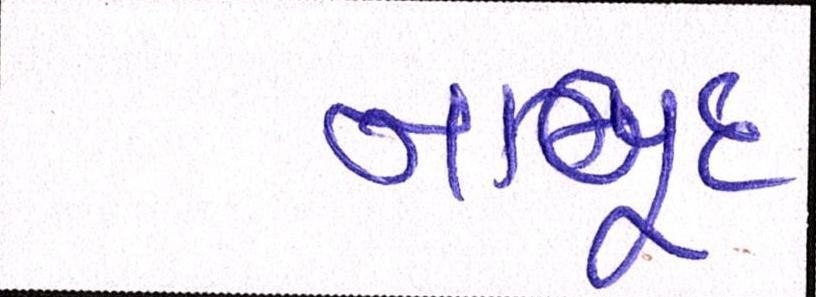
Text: નાબૂદ